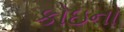
કોઇનો